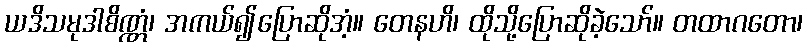
ယဒိသမုဒါစိဏ္ဏံ၊ အကယ်၍ပြောဆိုအံ့။ တေနဟိ၊ ထိုသို့ပြောဆိုခဲ့သော်။ တထာဂတော၊